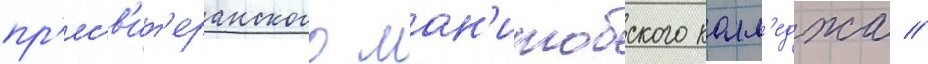
пр'есв'ит'еранского ман'итобского колл'еджа //